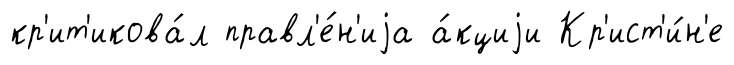
кр'ит'икова́л правл'е́н'иjа а́кциjи Кр'ист'и́н'е